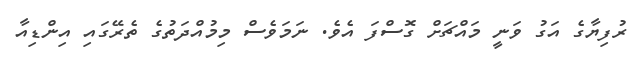
ރުފިޔާގެ އަގު ވަނީ މައްޗަށް ގޮސްފަ އެވެ. ނަމަވެސް މިމުއްދަތުގެ ތެރޭގައި އިންޑިއާ